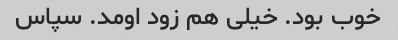
خوب بود. خیلی هم زود اومد. سپاس